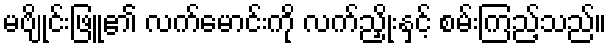
မဗျိုင်းဖြူ၏ လက်မောင်းကို လက်ညှိုးနှင့် စမ်းကြည့်သည်။